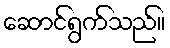
ဆောင်ရွက်သည်။